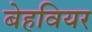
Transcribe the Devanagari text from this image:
बेहवियर